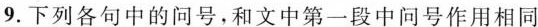
9.下列各句中的问号，和文中第一段中问号作用相同